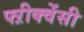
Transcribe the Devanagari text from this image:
फ्ऱीक्वेंसी